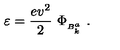
\varepsilon = \frac { e v ^ { 2 } } { 2 } \ \Phi _ { { } _ { B _ { k } ^ { a } } } \ .